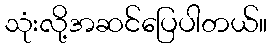
သုံးလို့အဆင်ပြေပါတယ်။